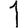
Digit: 1